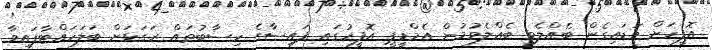
އޮފީހަށް ވަޑައިގެން ބެއްލެވި ބެއްލެވުމުން އެމްޑީޕީ އޮފީހުގައި ފައިސާގެ ހިސާބުތައް ރަގަޅަށް ބަލަހައްޓާފައިވާ